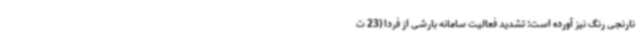
نارنجی رنگ نیز آورده است: تشدید فعالیت سامانه بارشی از فردا (23 ت